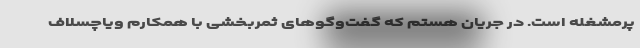
پرمشغله است. در جریان هستم که گفت‌وگوهای ثمربخشی با همکارم ویاچسلاف